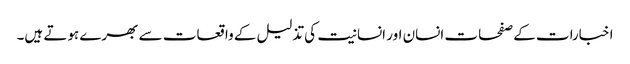
اخبارات کے صفحات انسان اور انسانیت کی تذلیل کے واقعات سے بھرے ہوتے ہیں۔